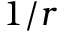
1 / r